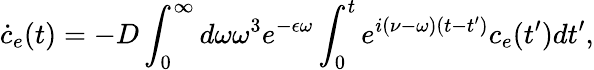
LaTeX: \dot{c}_{e}(t)=-D\int_{0}^{\infty}d\omega\omega^{3}e^{-\epsilon\omega}\int_{0}^{t}e^{i(\nu-\omega)(t-t^{\prime})}c_{e}(t^{\prime})dt^{\prime},